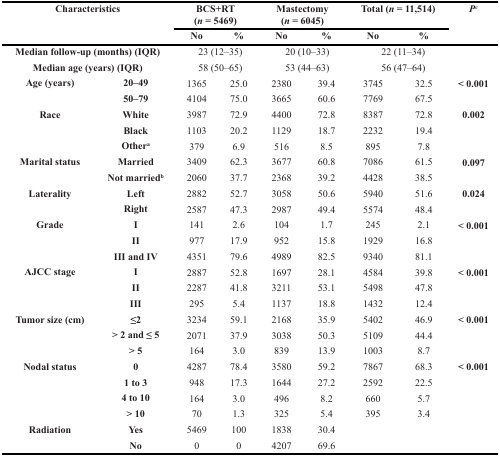
<table><thead><tr><td rowspan="2" colspan="2"><b>Characteristics</b></td><td colspan="2"><b>BCS+RT (<i>n</i> = 5469)</b></td><td colspan="2"><b>Mastectomy (<i>n</i> = 6045)</b></td><td colspan="2"><b>Total (<i>n</i> = 11,514)</b></td><td rowspan="2"><b><i>P<sup>c</sup></i></b></td></tr><tr><td><b>No</b></td><td><b>%</b></td><td><b>No</b></td><td><b>%</b></td><td><b>No</b></td><td><b>%</b></td></tr></thead><tbody><tr><td colspan="2"><b>Median follow-up (months) (IQR)</b></td><td colspan="2">23 (12–35)</td><td colspan="2">20 (10–33)</td><td colspan="2">22 (11–34)</td><td></td></tr><tr><td colspan="2"><b>Median age (years) (IQR)</b></td><td colspan="2">58 (50–65)</td><td colspan="2">53 (44–63)</td><td colspan="2">56 (47–64)</td><td></td></tr><tr><td><b>Age (years)</b></td><td><b>20–49</b></td><td>1365</td><td>25.0</td><td>2380</td><td>39.4</td><td>3745</td><td>32.5</td><td><b>&lt; 0.001</b></td></tr><tr><td></td><td><b>50–79</b></td><td>4104</td><td>75.0</td><td>3665</td><td>60.6</td><td>7769</td><td>67.5</td><td></td></tr><tr><td><b>Race</b></td><td><b>White</b></td><td>3987</td><td>72.9</td><td>4400</td><td>72.8</td><td>8387</td><td>72.8</td><td><b>0.002</b></td></tr><tr><td></td><td><b>Black</b></td><td>1103</td><td>20.2</td><td>1129</td><td>18.7</td><td>2232</td><td>19.4</td><td></td></tr><tr><td></td><td><b>Other<sup>a</sup></b></td><td>379</td><td>6.9</td><td>516</td><td>8.5</td><td>895</td><td>7.8</td><td></td></tr><tr><td><b>Marital status</b></td><td><b>Married</b></td><td>3409</td><td>62.3</td><td>3677</td><td>60.8</td><td>7086</td><td>61.5</td><td><b>0.097</b></td></tr><tr><td></td><td><b>Not married<sup>b</sup></b></td><td>2060</td><td>37.7</td><td>2368</td><td>39.2</td><td>4428</td><td>38.5</td><td></td></tr><tr><td><b>Laterality</b></td><td><b>Left</b></td><td>2882</td><td>52.7</td><td>3058</td><td>50.6</td><td>5940</td><td>51.6</td><td><b>0.024</b></td></tr><tr><td></td><td><b>Right</b></td><td>2587</td><td>47.3</td><td>2987</td><td>49.4</td><td>5574</td><td>48.4</td><td></td></tr><tr><td><b>Grade</b></td><td><b>I</b></td><td>141</td><td>2.6</td><td>104</td><td>1.7</td><td>245</td><td>2.1</td><td><b>&lt; 0.001</b></td></tr><tr><td></td><td><b>II</b></td><td>977</td><td>17.9</td><td>952</td><td>15.8</td><td>1929</td><td>16.8</td><td></td></tr><tr><td></td><td><b>III and IV</b></td><td>4351</td><td>79.6</td><td>4989</td><td>82.5</td><td>9340</td><td>81.1</td><td></td></tr><tr><td><b>AJCC stage</b></td><td><b>I</b></td><td>2887</td><td>52.8</td><td>1697</td><td>28.1</td><td>4584</td><td>39.8</td><td><b>&lt; 0.001</b></td></tr><tr><td></td><td><b>II</b></td><td>2287</td><td>41.8</td><td>3211</td><td>53.1</td><td>5498</td><td>47.8</td><td></td></tr><tr><td></td><td><b>III</b></td><td>295</td><td>5.4</td><td>1137</td><td>18.8</td><td>1432</td><td>12.4</td><td></td></tr><tr><td><b>Tumor size (cm)</b></td><td><b>≤2</b></td><td>3234</td><td>59.1</td><td>2168</td><td>35.9</td><td>5402</td><td>46.9</td><td><b>&lt; 0.001</b></td></tr><tr><td></td><td><b>&gt; 2 and ≤ 5</b></td><td>2071</td><td>37.9</td><td>3038</td><td>50.3</td><td>5109</td><td>44.4</td><td></td></tr><tr><td></td><td><b>&gt; 5</b></td><td>164</td><td>3.0</td><td>839</td><td>13.9</td><td>1003</td><td>8.7</td><td></td></tr><tr><td><b>Nodal status</b></td><td><b>0</b></td><td>4287</td><td>78.4</td><td>3580</td><td>59.2</td><td>7867</td><td>68.3</td><td><b>&lt; 0.001</b></td></tr><tr><td></td><td><b>1 to 3</b></td><td>948</td><td>17.3</td><td>1644</td><td>27.2</td><td>2592</td><td>22.5</td><td></td></tr><tr><td></td><td><b>4 to 10</b></td><td>164</td><td>3.0</td><td>496</td><td>8.2</td><td>660</td><td>5.7</td><td></td></tr><tr><td></td><td><b>&gt; 10</b></td><td>70</td><td>1.3</td><td>325</td><td>5.4</td><td>395</td><td>3.4</td><td></td></tr><tr><td><b>Radiation</b></td><td><b>Yes</b></td><td>5469</td><td>100</td><td>1838</td><td>30.4</td><td></td><td></td><td></td></tr><tr><td></td><td><b>No</b></td><td>0</td><td>0</td><td>4207</td><td>69.6</td><td></td><td></td><td></td></tr></tbody></table>